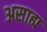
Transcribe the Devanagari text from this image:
असाह्य